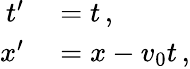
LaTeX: \begin{array}{rl}{t^{\prime}}&{{}=t\, ,}\\ {x^{\prime}}&{{}=x-v_{0}t\, ,}\end{array}